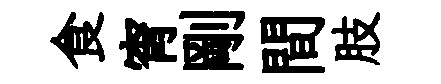
食宵剛間肢